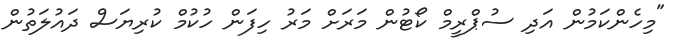
"މިހެންކަމުން އަދި ސުޕްރީމް ކޯޓުން މަރަށް މަރު ހިފަން ހުކުމް ކުރިޔަސް ދައުލަތުން